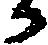
か